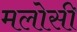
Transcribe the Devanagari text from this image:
मलोसी